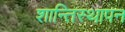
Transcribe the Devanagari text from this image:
शान्तिस्थापन